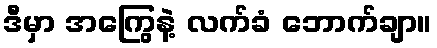
ဒီမှာ အကြွေနဲ့ လက်ခံ ဘောက်ချာ။